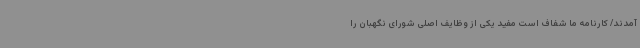
‌آمدند/ کارنامه ما شفاف است مفید یکی از وظایف اصلی شورای نگهبان را